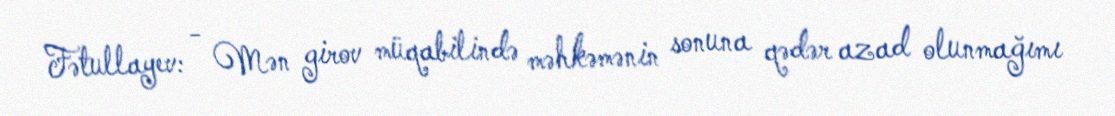
Fətullayev: - Mən girov müqabilində məhkəmənin sonuna qədər azad olunmağımı